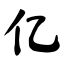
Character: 亿